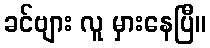
ခင်ဗျား လူ မှားနေပြီ။